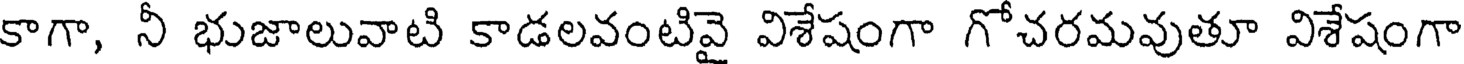
కాగా, నీ భుజాలువాటి కాడలవంటివై విశేషంగా గోచరమవుతూ విశేషంగా